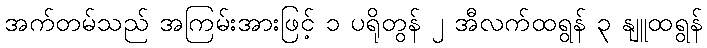
အက်တမ်သည် အကြမ်းအားဖြင့် ၁ ပရိုတွန် ၂ အီလက်ထရွန် ၃ နျူထရွန်